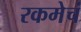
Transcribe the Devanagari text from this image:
रकमेचं